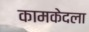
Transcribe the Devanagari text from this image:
कामकेदला